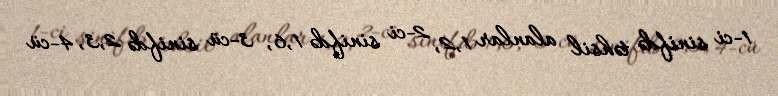
1-ci sinifdə təhsil alanlar 1,2, 2-ci sinifdə 1,6, 3-cü sinifdə 2,3, 4-cü